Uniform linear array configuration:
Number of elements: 12
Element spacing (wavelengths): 1
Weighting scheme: kaiser
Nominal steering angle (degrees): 15
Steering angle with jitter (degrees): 15.893
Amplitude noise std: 0.05
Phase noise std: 0.05

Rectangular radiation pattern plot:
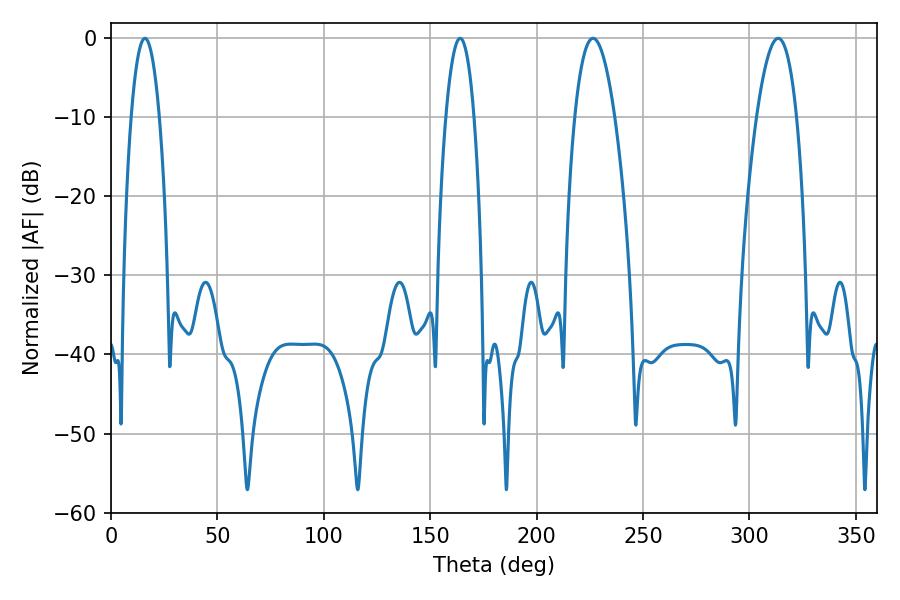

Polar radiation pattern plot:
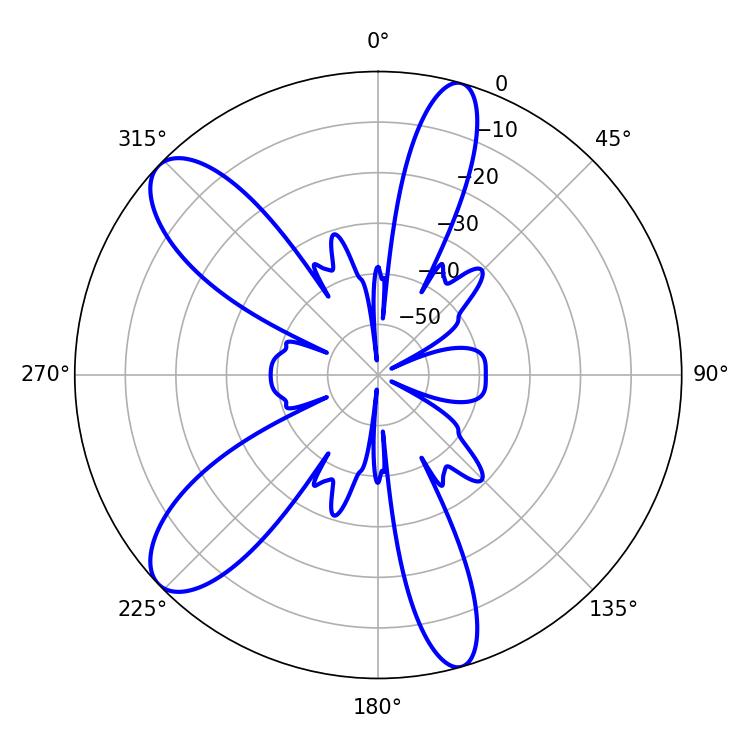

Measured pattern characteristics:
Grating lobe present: TRUE
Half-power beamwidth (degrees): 10.26
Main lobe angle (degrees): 226.44